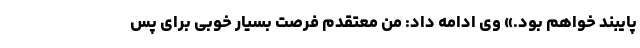
پایبند خواهم بود.» وی ادامه داد: من معتقدم فرصت بسیار خوبی برای پس